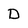
Character: D